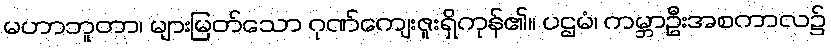
မဟာဘူတာ၊ များမြတ်သော ဂုဏ်ကျေးဇူးရှိကုန်၏။ ပဌမံ၊ ကမ္ဘာဦးအစကာလ၌